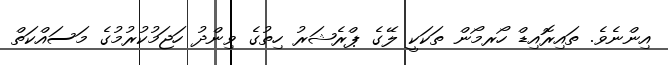
އިންނެވެ. ތައިރޮއިޑް ހޯރމޯން ތަކަކީ ލޭގެ ޕްރެޝަރު ހިތުގެ ވިންދު ހަޖަމުކުރުމުގެ މަސައްކަތް